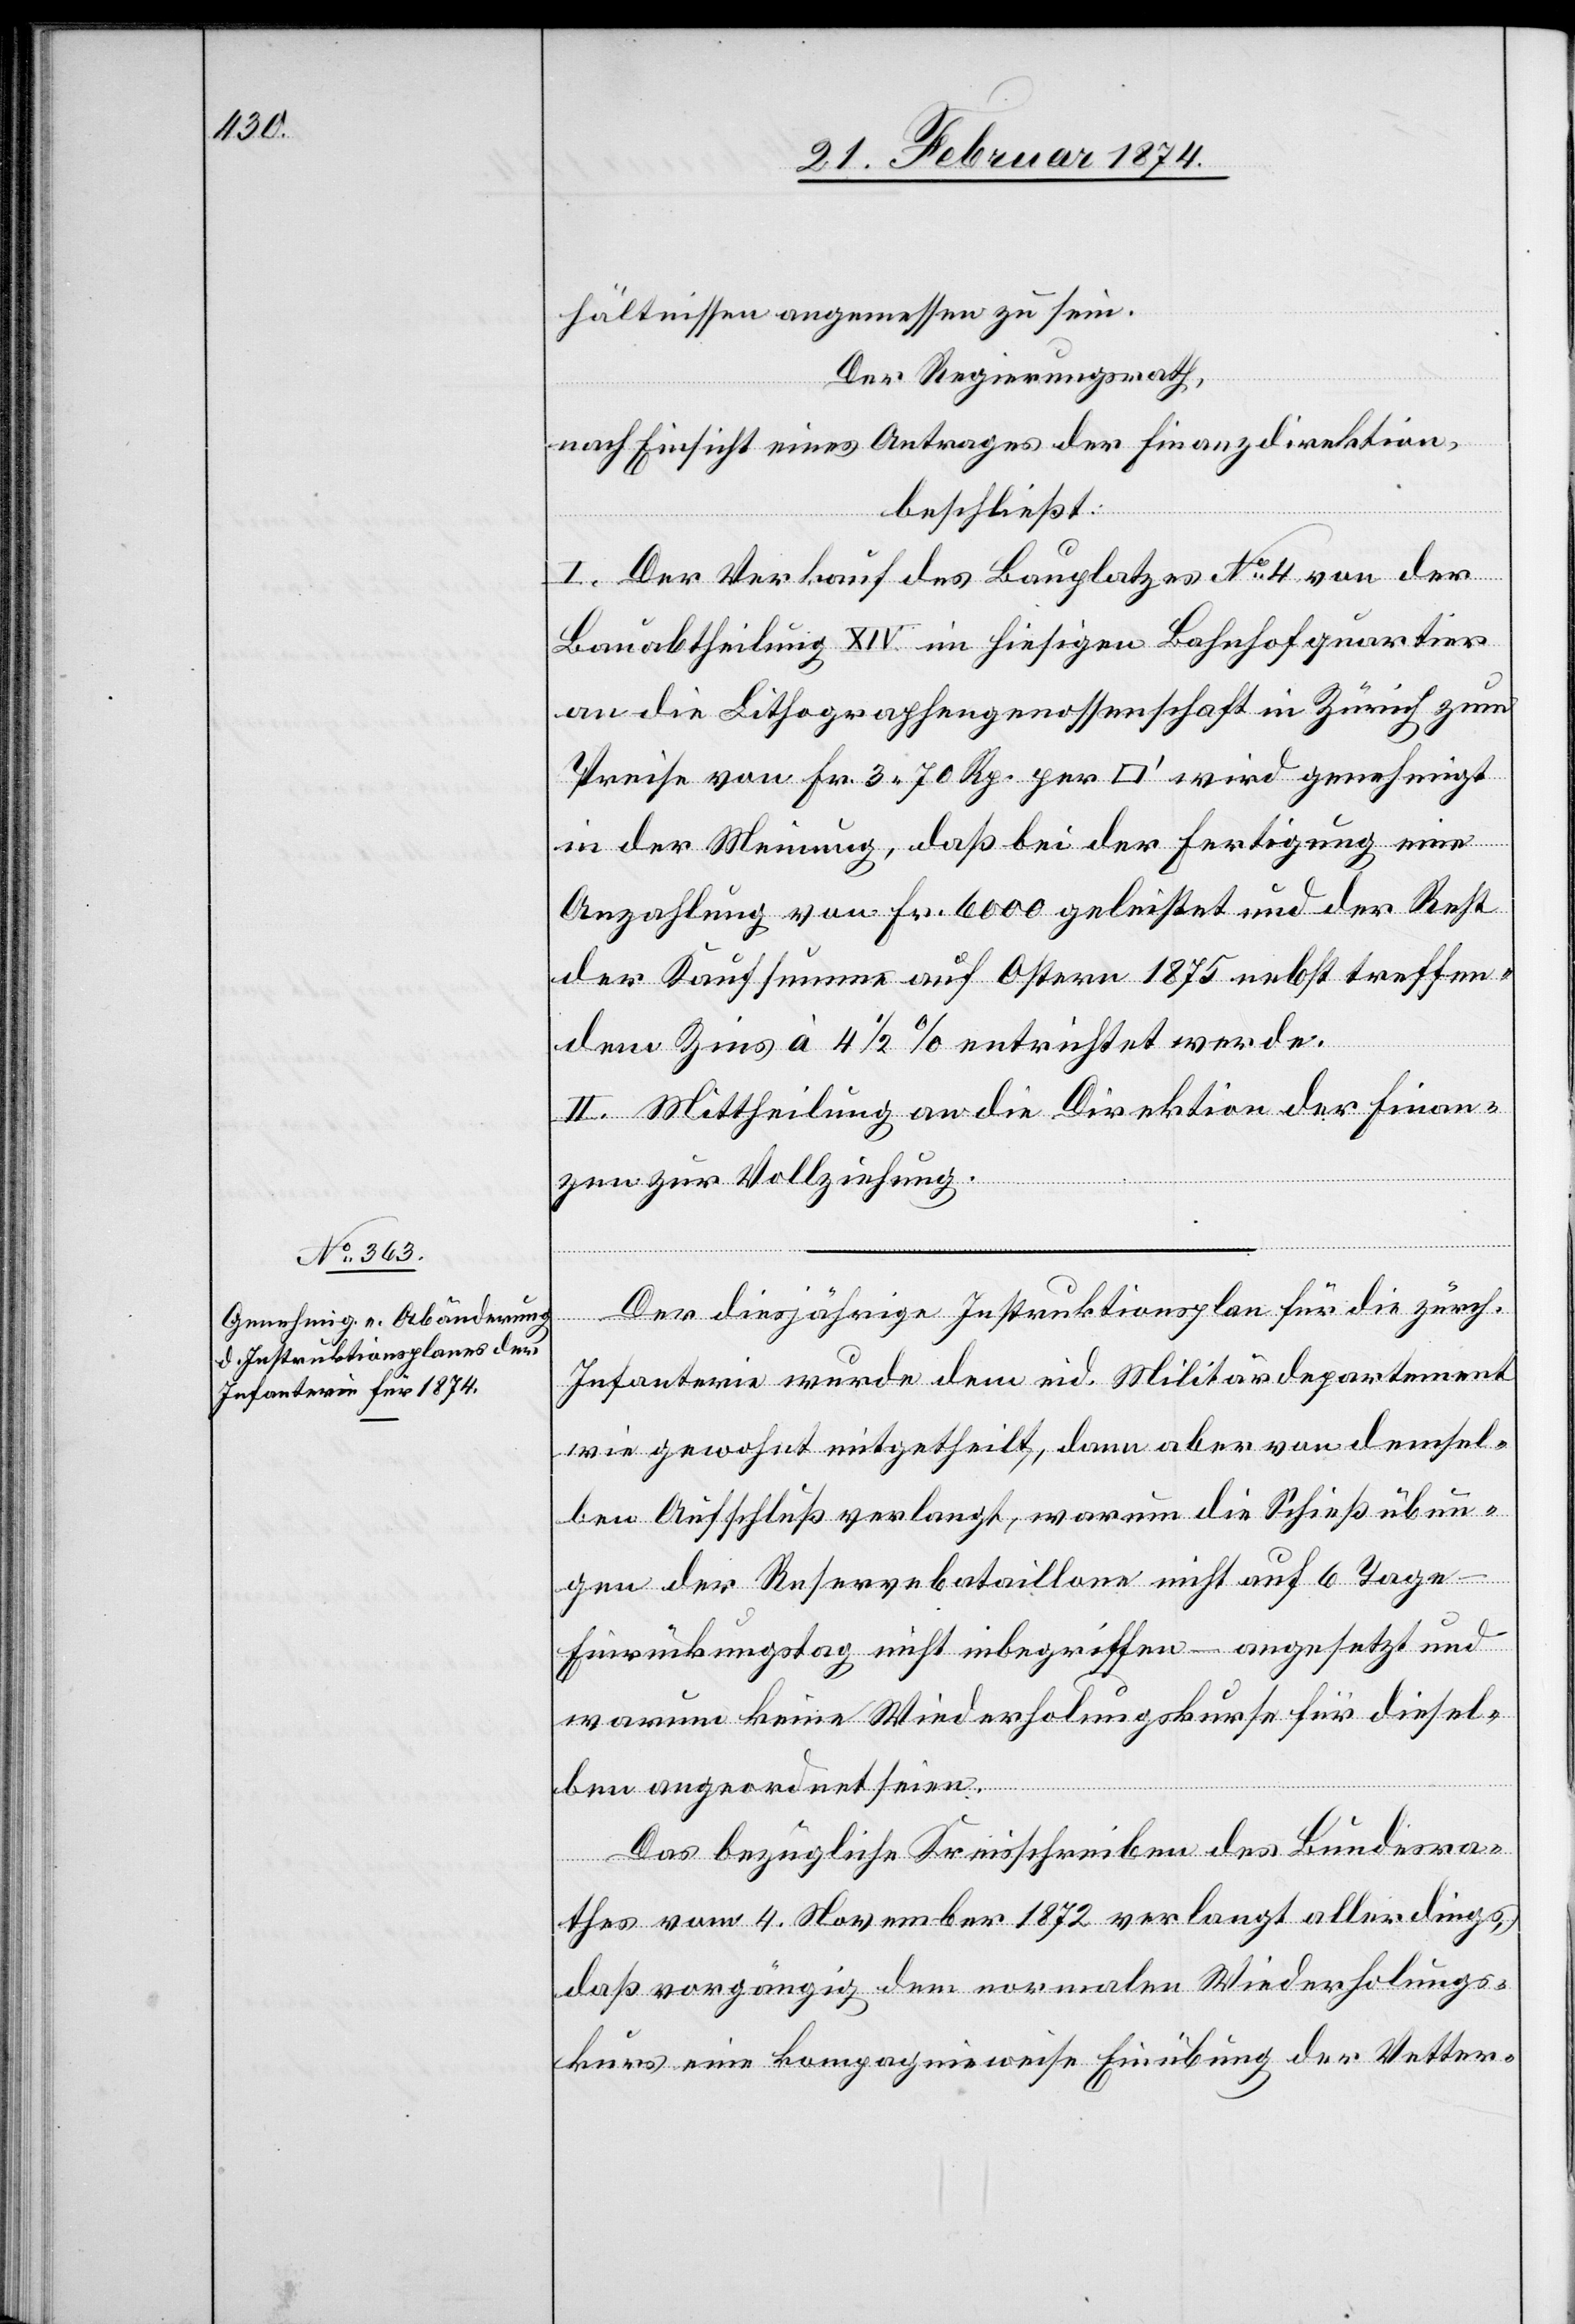
hältnissen angemessen zu sein.
Der Regierungsrath,
nach Einsicht eines Antrages der Finanzdirektion,
beschließt:
I. Der Verkauf des Bauplatzes No 4 von der
Bauabtheilung XIV im hiesigen Bahnhofquartier
an die Lithographengenossenschaft in Zürich zum
Preise von Fr. 3.70 Rp. per [Quadratfuss] wird genehmigt
in der Meinung, daß bei der Fertigung eine
Anzahlung von Fr. 6000 geleistet und der Rest
der Kaufsumme auf Ostern 1875 nebst treffen¬
dem Zins à 4 1/2 % entrichtet werde.
II. Mittheilung an die Direktion der Finan¬
zen zur Vollziehung.
Der diesjährige Instruktionsplan für die zürch.
Infanterie wurde dem eid. Militärdepartement
wie gewohnt mitgetheilt, dann aber von demsel¬
ben Aufschluß verlangt, warum die Schießübun¬
gen der Reservebataillone nicht auf 6 Tage
Einrückungstag nicht inbegriffen – angesetzt und
warum keine Wiederholungskurse für diesel¬
ben angeordnet seien.
Das bezügliche Kreisschreiben des Bundesra¬
thes vom 4. November 1872 verlangt allerdings,
daß vorgängig dem normalen Wiederholungs¬
kurs eine kompagnieweise Einübung der Vetter-